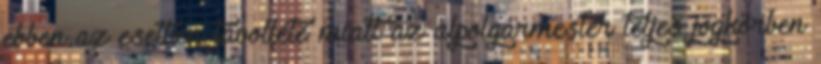
ebben az esetben távolléte miatt az alpolgármester teljes jogkörben